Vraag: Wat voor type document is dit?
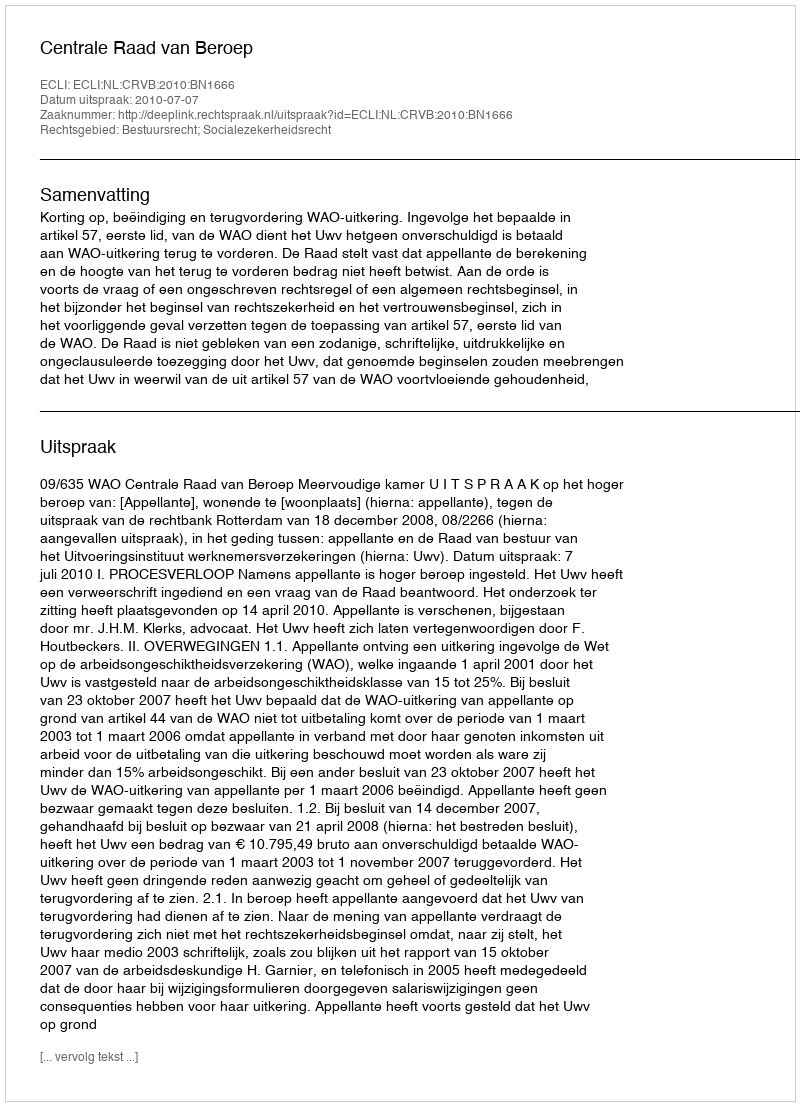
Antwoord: Uitspraak